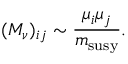
( M _ { \nu } ) _ { i j } \sim { \frac { \mu _ { i } \mu _ { j } } { m _ { \mathrm { s u s y } } } } .